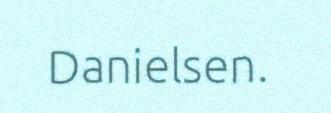
Danielsen.